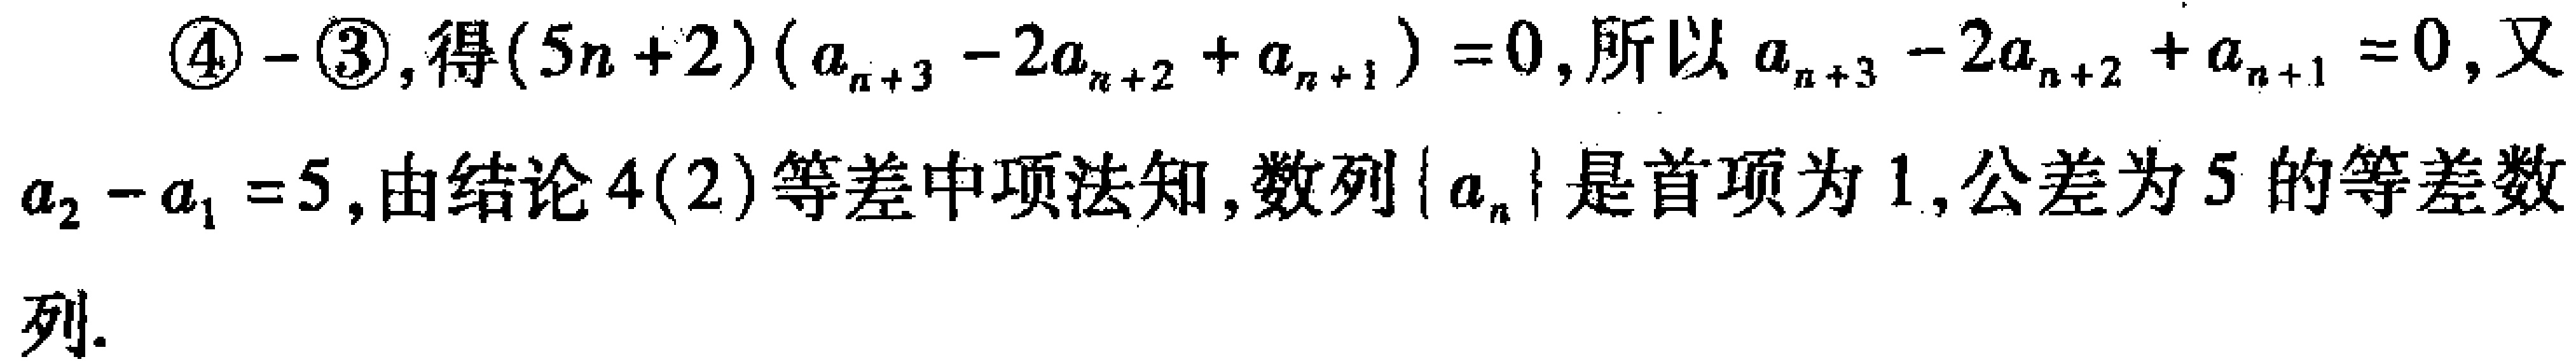
\(\textcircled{4}-\textcircled{3}\), 得\((5n + 2)(a_{n + 3}-2a_{n + 2}+a_{n + 1}) = 0\), 所以\(a_{n + 3}-2a_{n + 2}+a_{n + 1}=0\), 又\(a_{2}-a_{1}=5\), 由结论\(4(2)\)等差中项法知, 数列\(\{a_{n}\}\)是首项为\(1\), 公差为\(5\)的等差数列.